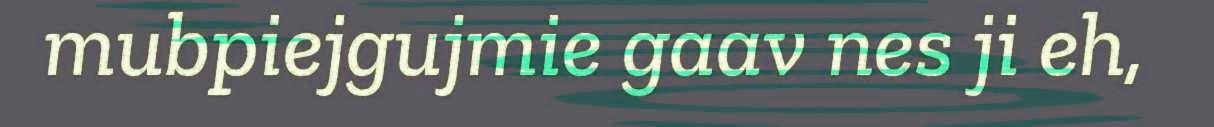
mubpiejgujmie gaav nes ji eh,